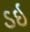
ડઇ